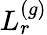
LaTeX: L_{r}^{(g)}